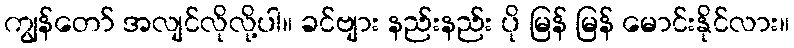
ကျွန်တော် အလျင်လိုလို့ပါ။ ခင်ဗျား နည်းနည်း ပို မြန် မြန် မောင်းနိုင်လား။